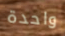
واحدة